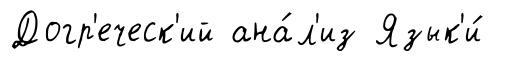
Догр'еческ'ий ана́л'из Язык'и́